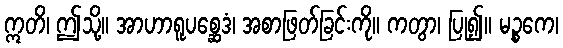
ဣတိ၊ ဤသို့။ အာဟာရူပစ္ဆေဒံ၊ အစာဖြတ်ခြင်းကို။ ကတွာ၊ ပြု၍။ မဉ္စကေ၊